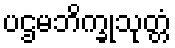
ပဌမဘိက္ခုသုတ္တံ